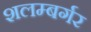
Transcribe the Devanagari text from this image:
शलम्बर्गर